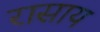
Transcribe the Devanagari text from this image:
रासाय